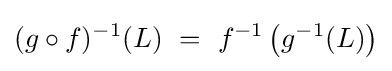
(g\circ f)^{-1}(L)~=~f^{-1}\left(g^{-1}(L)\right)